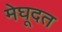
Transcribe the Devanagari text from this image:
मेघूदत